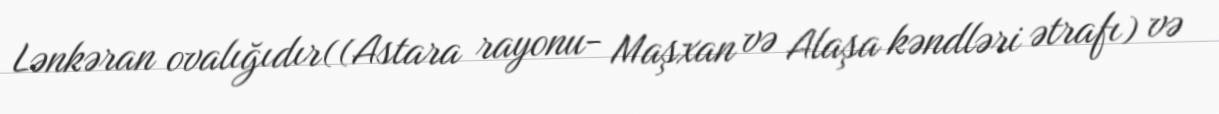
Lənkəran ovalığıdır((Astara rayonu- Maşxan və Alaşa kəndləri ətrafı) və